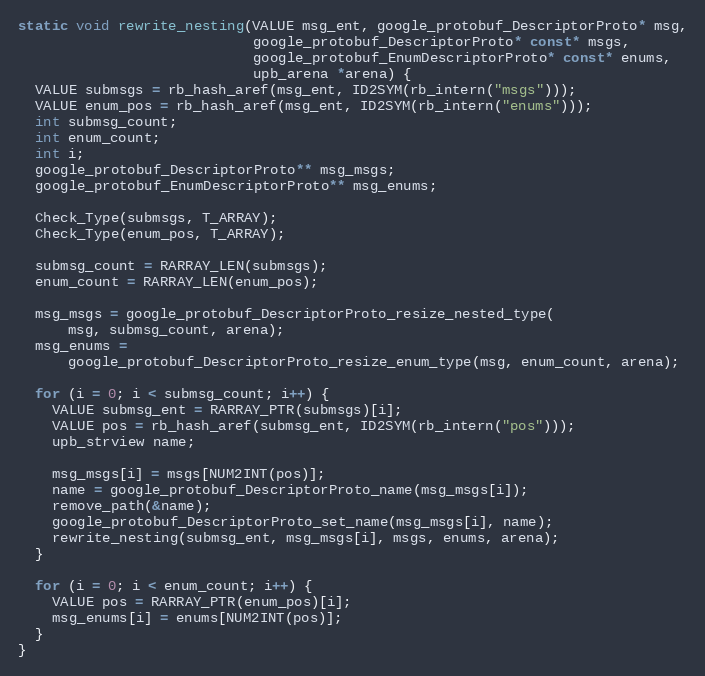
Language: C
static void rewrite_nesting(VALUE msg_ent, google_protobuf_DescriptorProto* msg,
                            google_protobuf_DescriptorProto* const* msgs,
                            google_protobuf_EnumDescriptorProto* const* enums,
                            upb_arena *arena) {
  VALUE submsgs = rb_hash_aref(msg_ent, ID2SYM(rb_intern("msgs")));
  VALUE enum_pos = rb_hash_aref(msg_ent, ID2SYM(rb_intern("enums")));
  int submsg_count;
  int enum_count;
  int i;
  google_protobuf_DescriptorProto** msg_msgs;
  google_protobuf_EnumDescriptorProto** msg_enums;

  Check_Type(submsgs, T_ARRAY);
  Check_Type(enum_pos, T_ARRAY);

  submsg_count = RARRAY_LEN(submsgs);
  enum_count = RARRAY_LEN(enum_pos);

  msg_msgs = google_protobuf_DescriptorProto_resize_nested_type(
      msg, submsg_count, arena);
  msg_enums =
      google_protobuf_DescriptorProto_resize_enum_type(msg, enum_count, arena);

  for (i = 0; i < submsg_count; i++) {
    VALUE submsg_ent = RARRAY_PTR(submsgs)[i];
    VALUE pos = rb_hash_aref(submsg_ent, ID2SYM(rb_intern("pos")));
    upb_strview name;

    msg_msgs[i] = msgs[NUM2INT(pos)];
    name = google_protobuf_DescriptorProto_name(msg_msgs[i]);
    remove_path(&name);
    google_protobuf_DescriptorProto_set_name(msg_msgs[i], name);
    rewrite_nesting(submsg_ent, msg_msgs[i], msgs, enums, arena);
  }

  for (i = 0; i < enum_count; i++) {
    VALUE pos = RARRAY_PTR(enum_pos)[i];
    msg_enums[i] = enums[NUM2INT(pos)];
  }
}